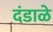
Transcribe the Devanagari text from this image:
दंडाळे